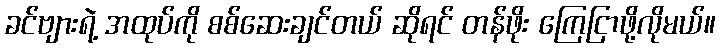
ခင်ဗျားရဲ့ အထုပ်ကို စစ်ဆေးချင်တယ် ဆိုရင် တန်ဖိုး ကြေငြာဖို့လိုမယ်။